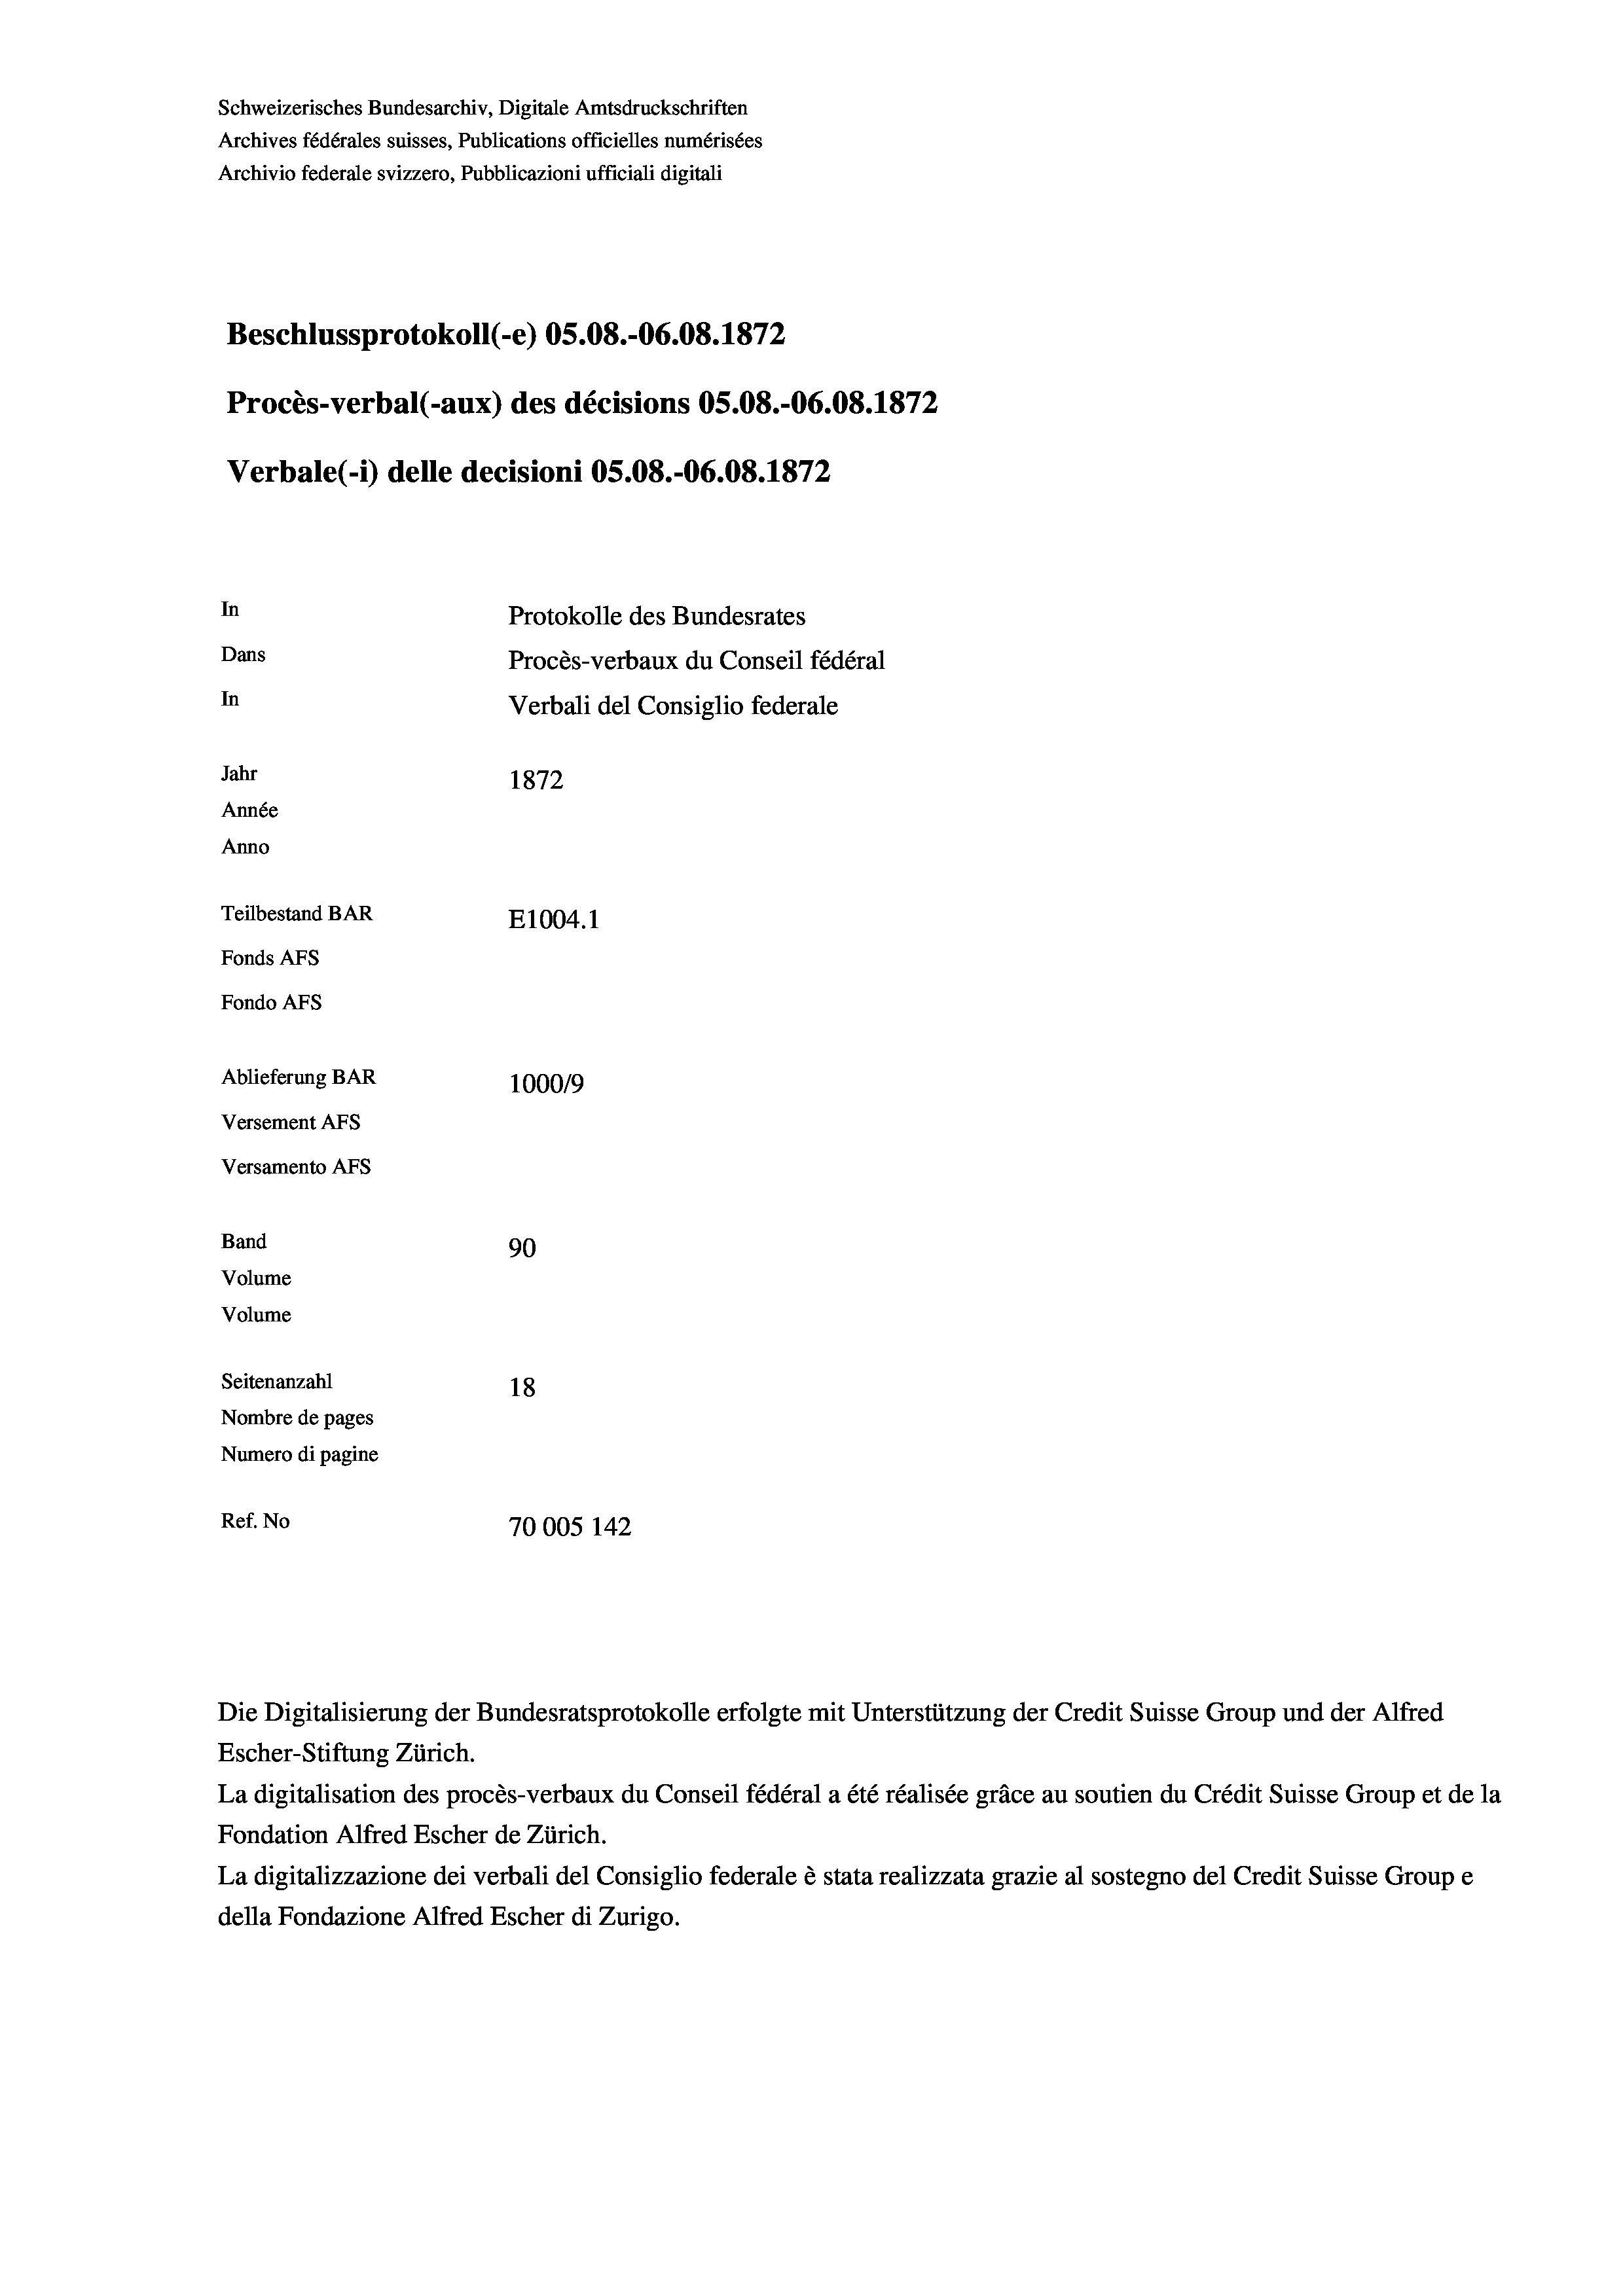
Schweizerisches Bundesarchiv, Digitale Amtsdruckschriften
Archives fédérales suisses, Publications officielles numérisées
Archivio federale svizzero, Pubblicazioni ufficiali digitali
Beschlussprotokoll (-e) OS.08.-06.08. 1872
Procès-verbal (-aux) des décisions OS.08.-06.08. 1872
In
Protokolle des Bundesrates
Dans
Procès-verbaux du Conseil fédéral
In
Verbali del Consiglio federale
Jahr
1872
Année
Anno
Teilbestand BAR
E1004. 1
Fonds AFs
Fondo Afs
Ablieferung BAR
100019
Versement AFs
Versamento AFs

Band
Volume
Volume

90
Seitenanzahl
18
Nombre de pages
Numero di pagine
Ref. No
70005 142

Verbale (- 1) delle decisioni OS.08.-O6.08. 1872

Die Digitalisierung der Bundesratsprotokolle erfolgte mit Unterstützung der Credit Suisse Group und der Alfred
Escher-Stiftung Zürich.
La digitalisation des procès-verbaux du Conseil fédéral a été réalisée gräce au soutien du Crédit Suisse Group et de la
Fondation Alfred Escher de Zürich.
La digitalizzazione dei verbali del Consiglio federale è stata realizzata grazie al sostegno del Credit Suisse Groupe
della Fondazione Alfred Escher di Zurigo.